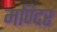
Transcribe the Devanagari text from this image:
मण्दिर